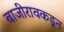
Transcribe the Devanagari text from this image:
बाजीरावकडून